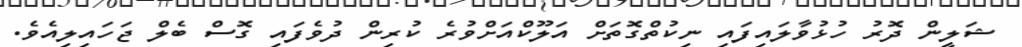
ޝަލީން ދޮރު ހުޅުވާލައިފައި ނިކުތްގޮތަށް އަލޫކްއަށްވުރެ ކުރިން ދުވެފައި ގޮސް ބެލް ޖަހައިލިއެވެ.